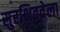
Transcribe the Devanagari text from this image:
सुरक्षिततेला